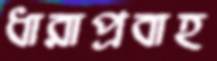
ধারাপ্রবাহ